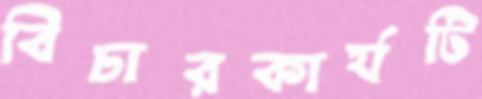
বিচারকার্যটি